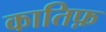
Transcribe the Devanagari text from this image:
कातिफ़